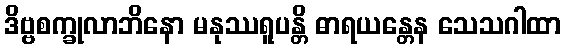
ဒိဗ္ဗစက္ခုလာဘိနော မနုဿရူပန္တိ ဓာရယန္တေန သေသဂါထာ